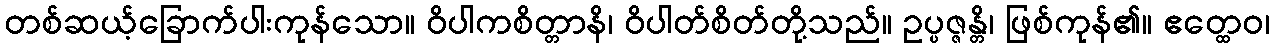
တစ်ဆယ့်ခြောက်ပါးကုန်သော။ ဝိပါကစိတ္တာနိ၊ ဝိပါတ်စိတ်တို့သည်။ ဥပ္ပဇ္ဇန္တိ၊ ဖြစ်ကုန်၏။ ဧတ္ထေဝ၊